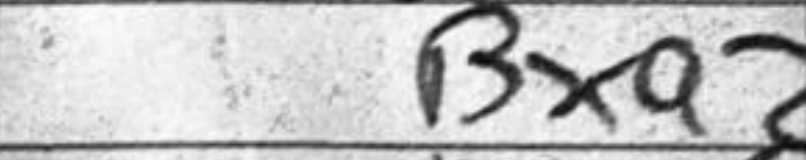
Transcription: Bxa2